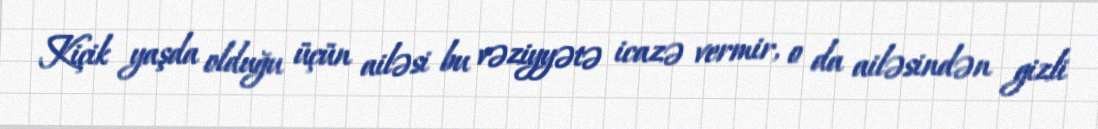
Kiçik yaşda olduğu üçün ailəsi bu vəziyyətə icazə vermir, o da ailəsindən gizli